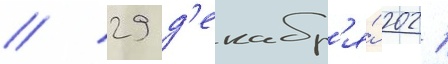
// 29 д'екабр'я́ 2021